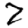
Digit: 2